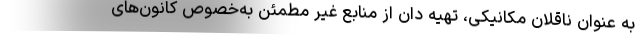
به عنوان ناقلان مکانیکی، تهیه دان از منابع غیر مطمئن به‌خصوص کانون‌های